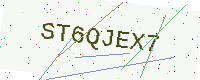
Text: ST6QJEX7